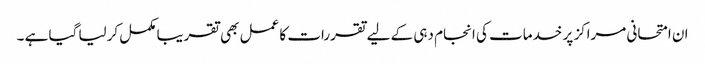
ان امتحانی مراکز پر خدمات کی انجام دہی کے لیے تقررات کا عمل بھی تقریبا مکمل کرلیا گیا ہے ۔